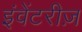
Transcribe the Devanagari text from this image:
इंवेंटरीज़